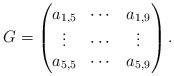
LaTeX: \begin{align*} G=\begin{pmatrix}a_{1,5} & \cdots &a_{1,9}\\ \vdots & \cdots & \vdots\\ a_{5,5} & \cdots & a_{5,9}\end{pmatrix}.\end{align*}